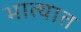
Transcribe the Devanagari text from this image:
भात्यात